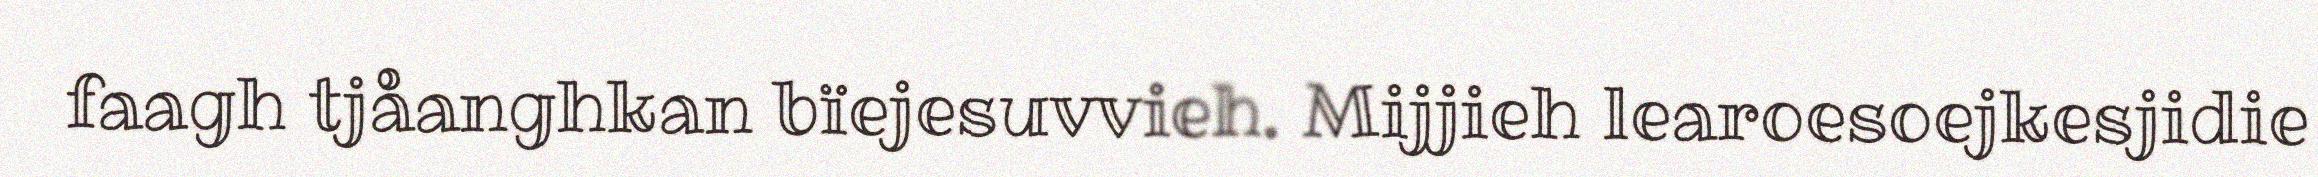
faagh tjåanghkan bïejesuvvieh. Mijjieh learoesoejkesjidie